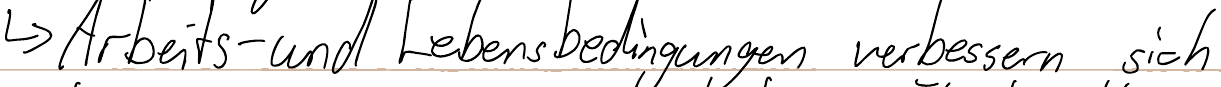
-> Arbeits- und Lebensbedingungen verbessern sich